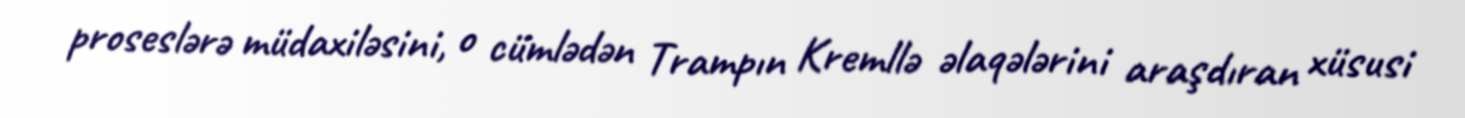
proseslərə müdaxiləsini, o cümlədən Trampın Kremllə əlaqələrini araşdıran xüsusi